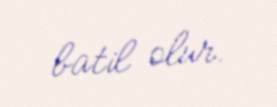
batil olur.